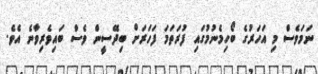
ނަމަވެސް މި އަހަރުގެ ބޯހިމެނުމުގައި ފުރަތަމަ ފަހަރަށް ބިދޭސީން ވެސް ބައިވެރިވާނެ އެވެ.